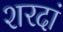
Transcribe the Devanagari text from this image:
शरदां